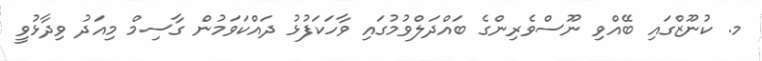
މ. ކުނޫޒްގައި ބޭއްވި ނޫސްވެރިންގެ ބައްދަލްވުމުގައި ވާހަކަފުޅު ދައްކަވަމުން ގާސިމް މިއަދު ވިދާޅުވީ